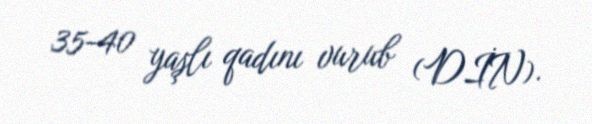
35-40 yaşlı qadını vurub (DİN).